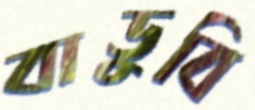
বাডুবি